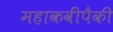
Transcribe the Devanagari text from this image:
महाकवींपैकी